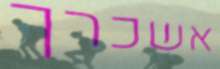
אשכרך